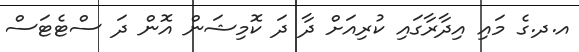
އ.ދ.ގެ މައި އިދާރާގައި ކުރިއަށް ދާ ދަ ކޮމިޝަން އޮން ދަ ސްޓެޓަސް